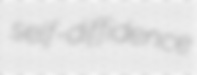
self-diffidence